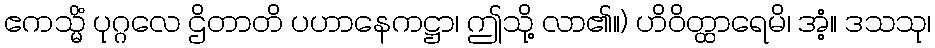
ဧကသ္မိံ ပုဂ္ဂလေ ဌိတာတိ ပဟာနေကဋ္ဌာ၊ ဤသို့ လာ၏။) ဟိဝိတ္ထာရေမိ၊ အံ့။ ဒသသု၊